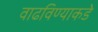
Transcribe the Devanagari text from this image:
वाढविण्याकडे